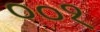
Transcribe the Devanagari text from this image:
००१